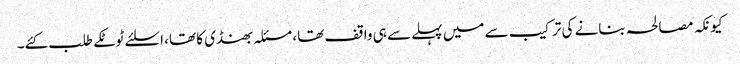
کیونکہ مصالحہ بنانے کی ترکیب سے میں پہلے سے ہی واقف تھا، مسئلہ بھنڈی کا تھا، اسلئے ٹوٹکے طلب کئے۔